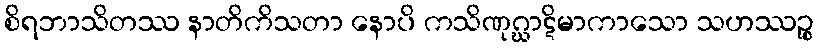
စိရဘာသိတဿ နာတိကိသတာ နောပိ ကသိဏုဂ္ဃာဋိမာကာသော သဟဿဉ္စ